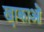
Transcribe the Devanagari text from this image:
खा़काओं